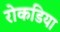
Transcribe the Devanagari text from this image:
रोकडिया